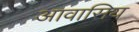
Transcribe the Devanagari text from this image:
आवासिय